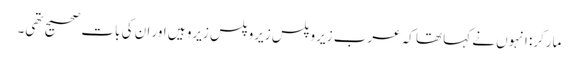
مارکر: انہوں نے کہا تھا کہ عرب زیرو پلس زیرو پلس زیرو ہیں اور ان کی بات صحیح تھی۔